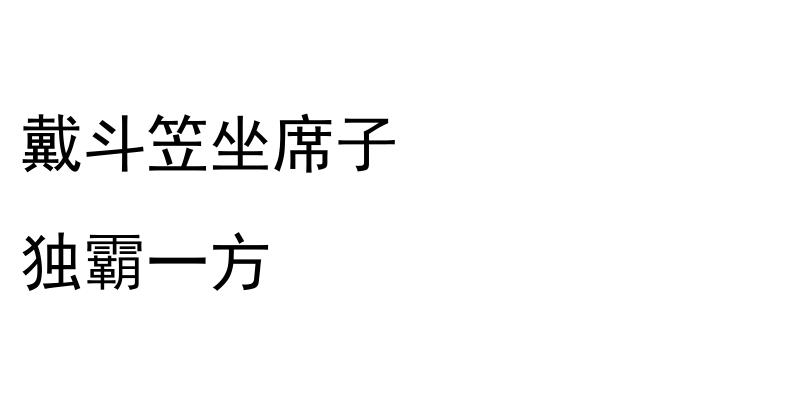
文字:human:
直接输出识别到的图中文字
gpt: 戴斗笠坐席子 独霸一方